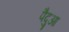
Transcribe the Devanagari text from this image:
पैदुआ